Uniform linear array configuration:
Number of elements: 8
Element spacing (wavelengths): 1
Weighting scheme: blackman
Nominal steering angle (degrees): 0
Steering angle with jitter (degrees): -0.6972
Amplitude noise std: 0.05
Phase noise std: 0.05

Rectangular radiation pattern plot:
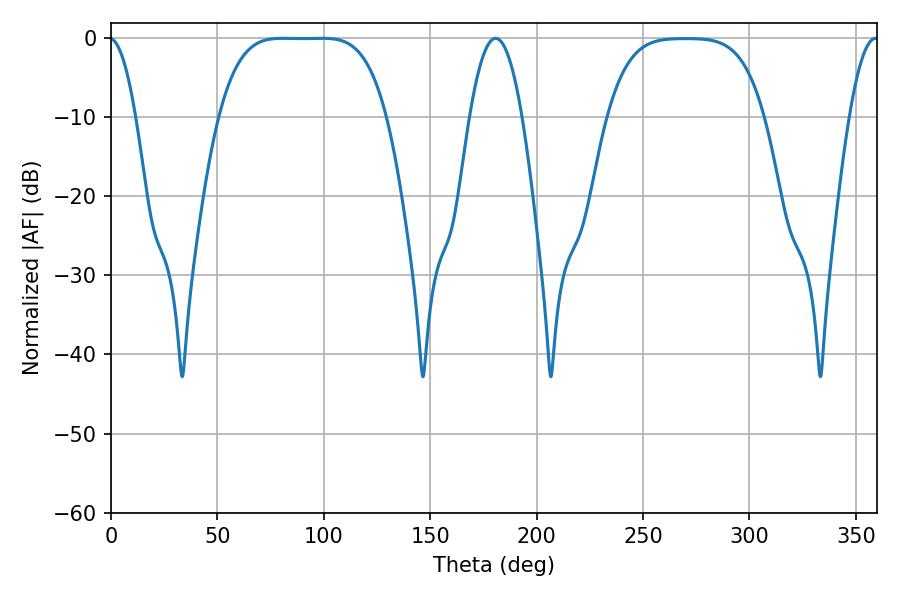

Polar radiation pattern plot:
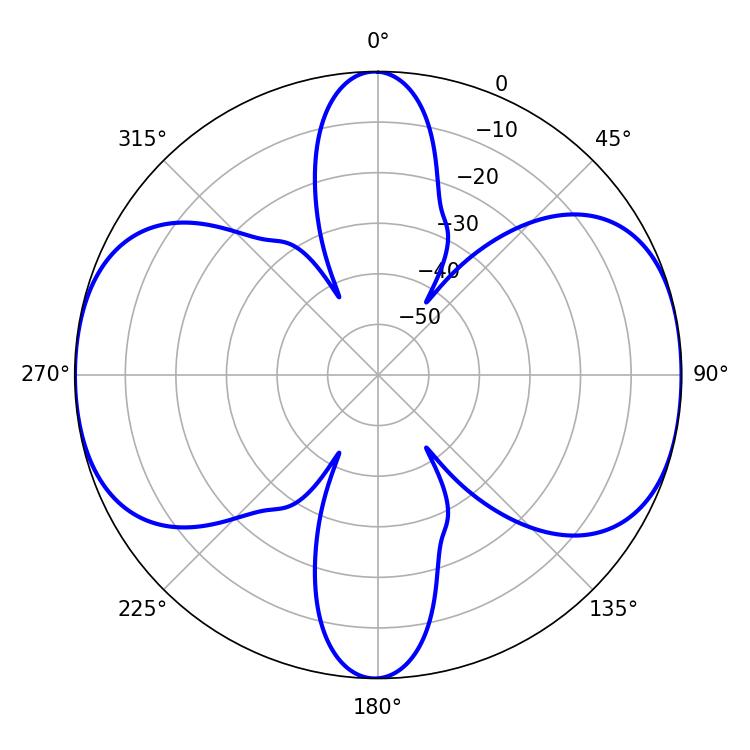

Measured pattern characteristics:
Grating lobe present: TRUE
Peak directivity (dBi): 12.912
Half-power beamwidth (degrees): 59.4
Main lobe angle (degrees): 80.82